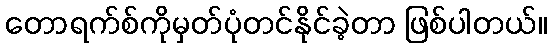
တောရက်စ်ကိုမှတ်ပုံတင်နိုင်ခဲ့တာ ဖြစ်ပါတယ်။